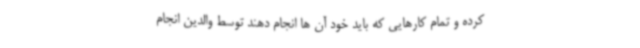
کرده و تمام کارهایی که باید خود آن ها انجام دهند توسط والدین انجام